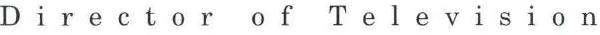
Director of Television